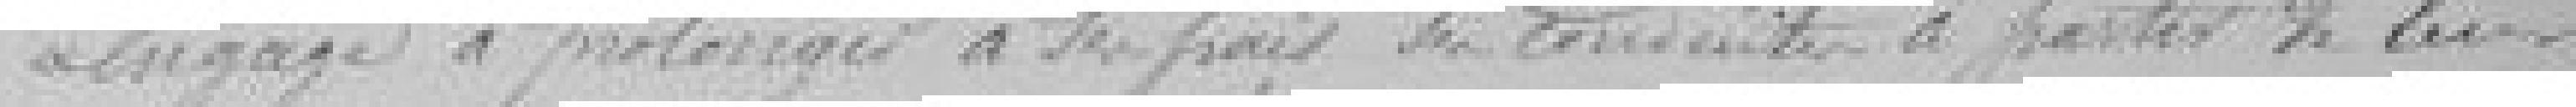
engage à prolonger à ses frais les conduites à partir de leur